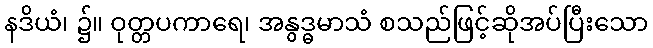
နဒိယံ၊ ၌။ ဝုတ္တပကာရေ၊ အနွဒ္ဓမာသံ စသည်ဖြင့်ဆိုအပ်ပြီးသော